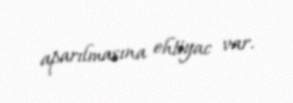
aparılmasına ehtiyac var.